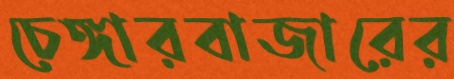
চেঙ্গারবাজারের